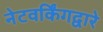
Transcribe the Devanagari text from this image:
नेटवर्किंगद्वारे